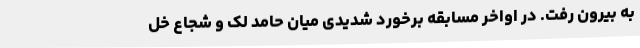
به بیرون رفت. در اواخر مسابقه برخورد شدیدی میان حامد لک و شجاع خل